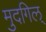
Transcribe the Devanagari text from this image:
मुदगिल्